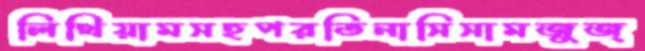
লিথিয়ামসহপরতিনাসিসামজুজ্